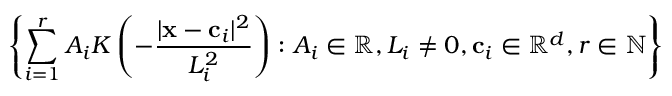
\left\{ \sum _ { i = 1 } ^ { r } A _ { i } K \left( - \frac { | \mathbf x - \mathbf c _ { i } | ^ { 2 } } { L _ { i } ^ { 2 } } \right) : A _ { i } \in \mathbb R , L _ { i } \neq 0 , \mathbf c _ { i } \in \mathbb R ^ { d } , r \in \mathbb N \right\}